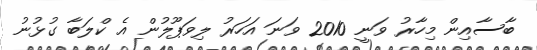
ބާސާއިން މިހާރު ވަނީ 2010 ވަނަ އަހަރު ލިވަޕޫލުން އެ ކްލަބާ ގުޅުނު